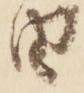
由